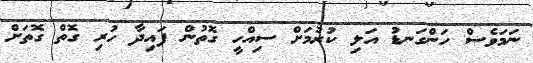
ނަމަވެސް ހަންގަނޑު އަލި ކުރުމަށް ސިއްހީ ގޮތުން ފައިދާ ހުރި ގޮތް ގޮތަށް